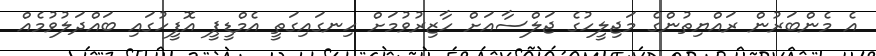
އެ މެންބަރުން ރައްޔިތުންގެ މަޖިލީހުގެ ޖަލްސާއަށް ހާޒިރުވުމަށް ހިނގައިގަތީ އެމްޑީޕީ އޮފީހުގައި ބައްދަލުވުމެއް